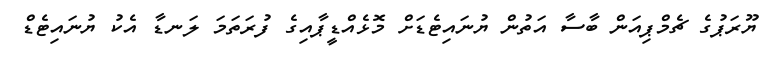
ޔޫރަޕުގެ ޗެމްޕިއަން ބާސާ އަތުން ޔުނައިޓެޑަށް މޮޅެއްޑީޕާއިގެ ފުރަތަމަ ލަނޑާ އެކު ޔުނައިޓެޑް